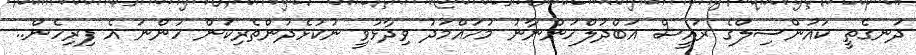
ދަނގެތީ ކައުންސިލްގެ ރައީސް އަބްދުލްހަންނާނު މުހައްމަދު ވިދާޅުވީ ނުކުޅެދުންތެރިކަން ހުންނަ އެ ފިރިހެން..